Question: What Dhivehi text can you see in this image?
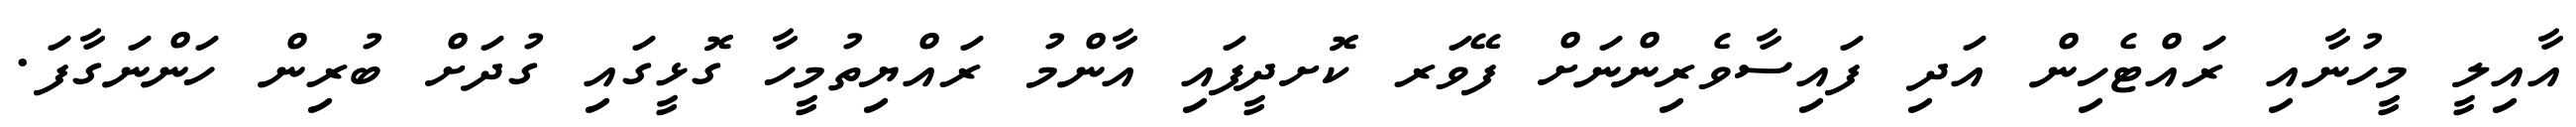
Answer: އާއިލީ މީހުނާއި ރައްޓެހިން އަދި ފައިސާވެރިންނަށް ފޭވަރ ކޮށދީފައި އާންމު ރައްޔިތުމީހާ ގޮޅީގައި ގުދަށް ބުރިން ހަންނަގާފަ.